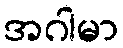
အဂါမာ